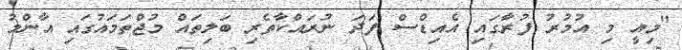
"މިއީ މި އުމުރު ފުރާގައި އެއިޑްސް ފަދަ ނުރައްކާތެރި ބަލިތައް މުޖްތަމައުގައި އާންމު